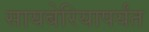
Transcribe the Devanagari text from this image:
सायबेरियापर्यंत